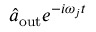
\hat { a } _ { \mathrm { o u t } } e ^ { - i \omega _ { j } t }